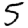
Digit: 5